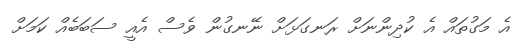
އެ މަގުތައް އެ ކުދިންނަށް ރަނގަޅަށް ނޭނގުން ވެސް އެއީ ސަބަބެއް ކަމަށް